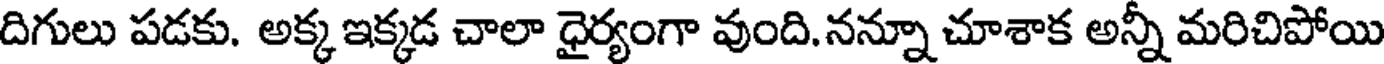
దిగులు పడకు. అక్క ఇక్కడ చాలా ధైర్యంగా వుంది.నన్నూ చూశాక అన్నీ మరిచిపోయి